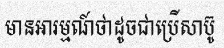
មានអារម្មណ៍ថាដូចជាប្រើសាប៊ូ